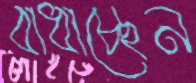
বাধাচ্ছেন